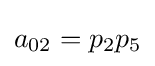
a_{02}=p_{2}p_{5}